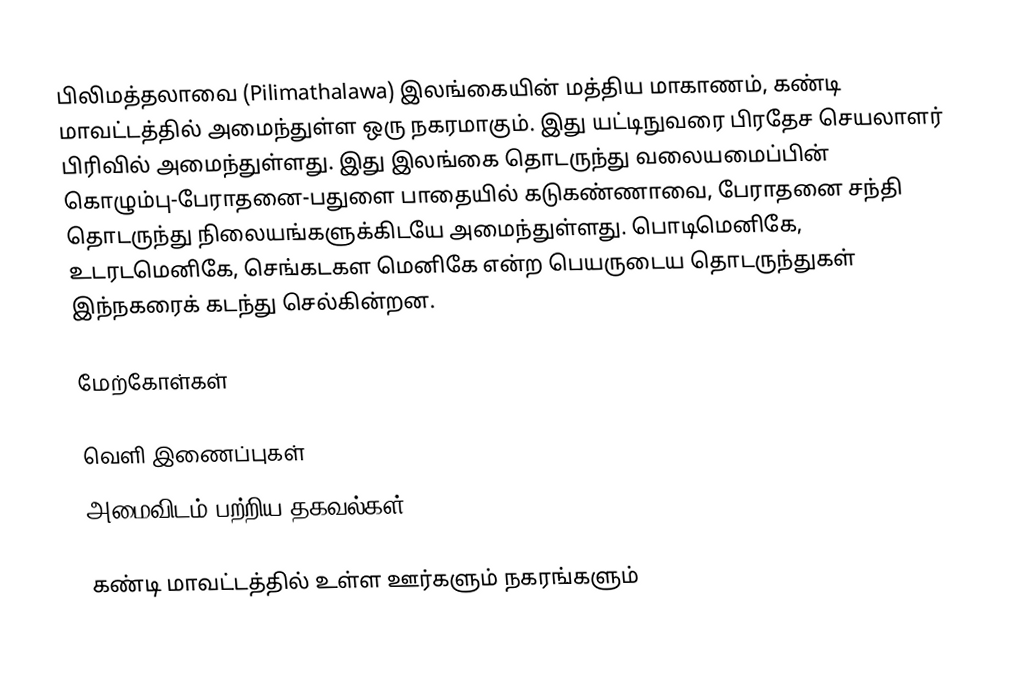
பிலிமத்தலாவை (Pilimathalawa) இலங்கையின்  மத்திய மாகாணம், கண்டி மாவட்டத்தில் அமைந்துள்ள ஒரு நகரமாகும். இது யட்டிநுவரை பிரதேச செயலாளர் பிரிவில் அமைந்துள்ளது. இது இலங்கை தொடருந்து வலையமைப்பின் கொழும்பு-பேராதனை-பதுளை பாதையில் கடுகண்ணாவை, பேராதனை சந்தி தொடருந்து நிலையங்களுக்கிடயே அமைந்துள்ளது. பொடிமெனிகே,   உடரடமெனிகே, செங்கடகள மெனிகே என்ற பெயருடைய தொடருந்துகள் இந்நகரைக் கடந்து செல்கின்றன.

மேற்கோள்கள்

வெளி இணைப்புகள்
அமைவிடம் பற்றிய தகவல்கள்

கண்டி மாவட்டத்தில் உள்ள ஊர்களும் நகரங்களும்